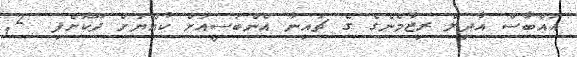
އައްބާސް އާދިލް ރިޒާމެންގެ ގެ ޗައިނާ އެންބަސީއަށް ކުއްޔަށް ދޫކޮށްފި  2